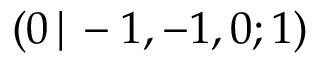
( 0 \, | \, - 1 , - 1 , 0 ; 1 )